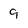
Character: g